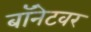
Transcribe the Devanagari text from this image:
बॉनेटवर